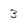
Character: 3